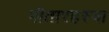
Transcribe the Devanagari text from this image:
गीतारहस्या